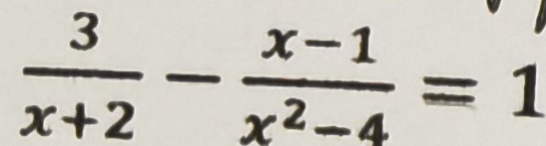
\frac { 3 } { x + 2 } - \frac { x - 1 } { x ^ { 2 } - 4 } = 1